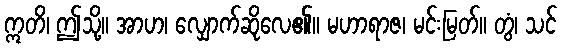
ဣတိ၊ ဤသို့။ အာဟ၊ လျှောက်ဆိုလေ၏။ မဟာရာဇ၊ မင်းမြတ်။ တွံ၊ သင်